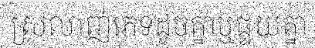
ស្រលាញ់ភេទដូចគ្នាឬផ្ទយគ្នា